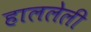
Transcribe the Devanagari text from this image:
हाललेली